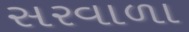
સરવાળા